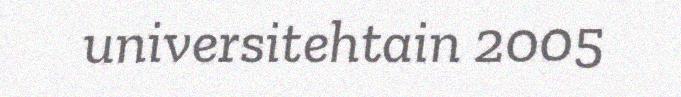
universitehtain 2005